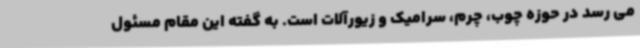
می رسد در حوزه چوب، چرم، سرامیک و زیورآلات است. به گفته این مقام مسئول